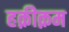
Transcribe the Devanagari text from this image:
हक़ीक़म